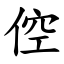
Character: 倥